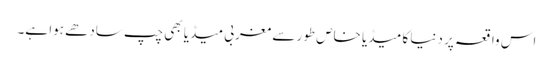
اس واقعہ پر دنیا کا میڈیا خاص طور سے مغربی میڈیا بھی چپ سادھے ہوا ہے۔